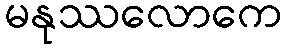
မနုဿလောကေ